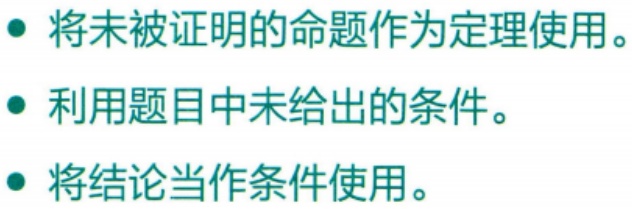
#NAME?